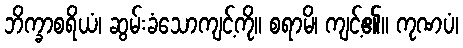
ဘိက္ခာစရိယံ၊ ဆွမ်းခံသောကျင့်ကို။ စရာမိ၊ ကျင့်၏။ ကုဏပံ၊